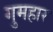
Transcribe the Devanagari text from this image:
गुमहार